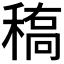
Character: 𰨱